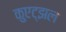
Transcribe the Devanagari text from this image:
कुएट्झल